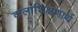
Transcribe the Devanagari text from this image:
कलाशिक्षणार्थ